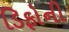
ડિફોની